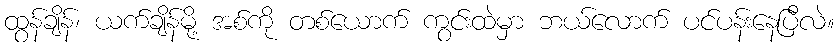
ထွန်ချိန်၊ ယက်ချိန်မို့ အစ်ကို တစ်ယောက် ကွင်းထဲမှာ ဘယ်လောက် ပင်ပန်းနေပြီလဲ။